Vaccination United Provinces of Agra and Oudh 1902-1913 - 1902-1913
Year: 1902
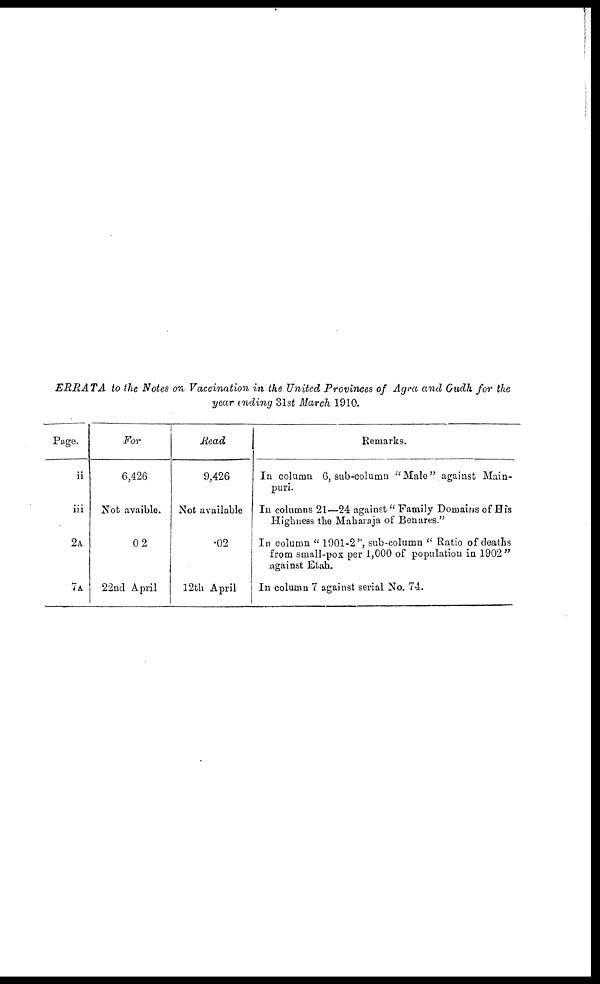
ERRATA to the Notes on Vaccination in the United Provinces of Agra and Oudh for the
year ending 31st March 1910.
Page.
ii
iii
2A
7A
For
6,426
Not avaible.
02
22nd April
Read
9,426
Not available
.02
12th April
Remarks.
In column 6, sub-column "Male" against Main-
puri.
In columns 21—24 against " Family Domains of His
Highness the Maharaja of Benares."
In column " 1901-2'', sub-column " Ratio of deaths
from small-pox per 1,000 of population in 1902"
against Etah.
In column 7 against serial No. 74.